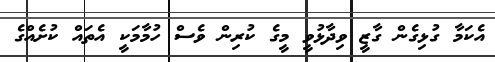
އެކަމާ ގުޅިގެން ގާޒީ ވިދާޅުވީ މީގެ ކުރިން ވެސް ހުމާމަކީ އެތައް ކުށެއްގެ